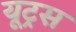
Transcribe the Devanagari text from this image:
यूट्रस